Report on sanitation, dispensaries, and jails in Rajputana for 1913, and on vaccination for the year 1913-1914 - 1913-1914
Year: 1913
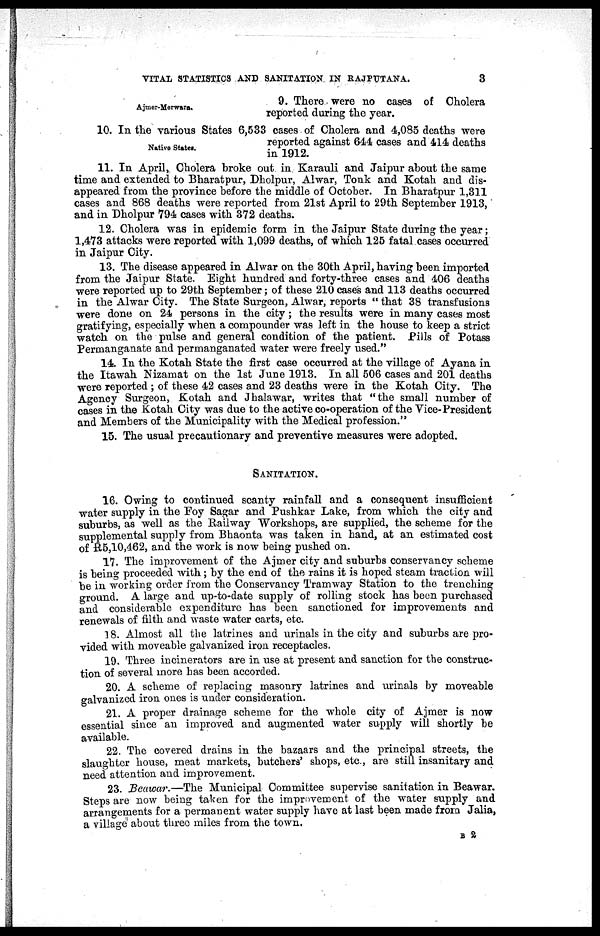
VITAL STATISTICS AND SANITATION IN RAJPUTANA.
3
Ajmer-Merwara.
9. There were no cases of Cholera
reported during the year.
Native States.
10. In the various States 6,533 cases of Cholera and 4,085 deaths were
reported against 644 cases and 414 deaths
in 1912.
11. In April, Cholera broke out in Karauli and Jaipur about the same
time and extended to Bharatpur, Dholpur, Alwar, Tonk and Kotah and dis-
appeared from the province before the middle of October. In Bharatpur 1,311
cases and 868 deaths were reported from 21st April to 29th September 1913,
and in Dholpur 794 cases with 372 deaths.
12. Cholera was in epidemic form in the Jaipur State during the year;
1,473 attacks were reported with 1,099 deaths, of which 125 fatal cases occurred
in Jaipur City.
13. The disease appeared in Alwar on the 30th April, having been imported
from the Jaipur State. Eight hundred and forty-three cases and 406 deaths
were reported up to 29th September; of these 210 cases and 113 deaths occurred
in the Alwar City. The State Surgeon, Alwar, reports "that 38 transfusions
were done on 24 persons in the city; the results were in many cases most
gratifying, especially when a compounder was left in the house to keep a strict
watch on the pulse and general condition of the patient. Pills of Potass
Permanganate and permanganated water were freely used."
14. In the Kotah State the first case occurred at the village of Ayana in
the Itawah Nizamat on the 1st June 1913. In all 506 cases and 201 deaths
were reported ; of these 42 cases and 23 deaths were in the Kotah City. The
Agency Surgeon, Kotah and Jhalawar, writes that "the small number of
cases in the Kotah City was due to the active co-operation of the Vice-President
and Members of the Municipality with the Medical profession."
15. The usual precautionary and preventive measures were adopted.
SANITATION.
16. Owing to continued scanty rainfall and a consequent insufficient
water supply in the Foy Sagar and Pushkar Lake, from which the city and
suburbs, as well as the Railway Workshops, are supplied, the scheme for the
supplemental supply from Bhaonta was taken in hand, at an estimated cost
of R5,10,462, and the work is now being pushed on.
17. The improvement of the Ajmer city and suburbs conservancy scheme
is being proceeded with; by the end of the rains it is hoped steam traction will
be in working order from the Conservancy Tramway Station to the trenching
ground. A large and up-to-date supply of rolling stock has been purchased
and considerable expenditure has been sanctioned for improvements and
renewals of filth and waste water carts, etc.
18. Almost all the latrines and urinals in the city and suburbs are pro-
vided with moveable galvanized iron receptacles.
19. Three incinerators are in use at present and sanction for the construc-
tion of several more has been accorded.
20. A scheme of replacing masonry latrines and urinals by moveable
galvanized iron ones is under consideration.
21. A proper drainage scheme for the whole city of Ajmer is now
essential since an improved and augmented water supply will shortly be
available.
22. The covered drains in the bazaars and the principal streets, the
slaughter house, meat markets, butchers' shops, etc., are still insanitary and
need attention and improvement.
23. Beawar.—The Municipal Committee supervise sanitation in Beawar.
Steps are now being taken for the improvement of the water supply and
arrangements for a permanent water supply have at last been made from Jalia,
a village about three miles from the town.
B 2